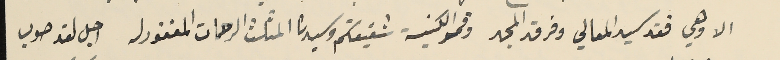
الا وهي فقد سيد المعالي وفرق المجد وقمم الكنيسَة شفيعكم وسيدنا المثلث الرحمات المغفور له اجل لقد صوب